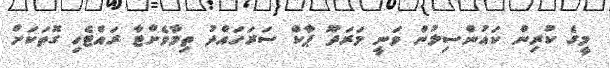
މީގެ ކުރިން ކައުންސިލުން ވަނީ މަރަދޫ ޕާކް ސަރަހައްދު ތިމާވެށްޓާ ރައްޓެހި ގޮތަކަށް